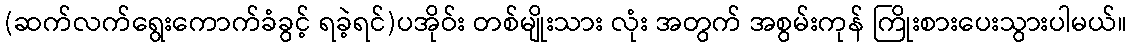
(ဆက်လက်ရွေးကောက်ခံခွင့် ရခဲ့ရင်)ပအိုဝ်း တစ်မျိုးသား လုံး အတွက် အစွမ်းကုန် ကြိုးစားပေးသွားပါမယ်။